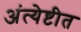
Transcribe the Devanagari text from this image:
अंत्येष्टीत